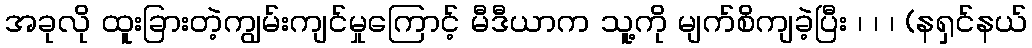
အခုလို ထူးခြားတဲ့ကျွမ်းကျင်မှုကြောင့် မီဒီယာက သူ့ကို မျက်စိကျခဲ့ပြီး ၊ ၊ ၊ (နရှင်နယ်